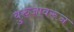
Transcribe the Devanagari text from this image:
बुरुजावरून